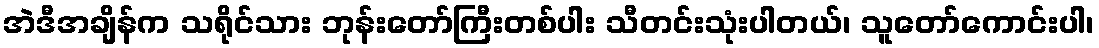
အဲဒီအချိန်က သရိုင်သား ဘုန်းတော်ကြီးတစ်ပါး သီတင်းသုံးပါတယ်၊ သူတော်ကောင်းပါ၊